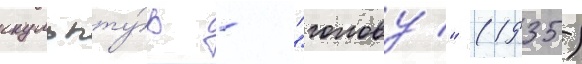
скульпту́р - "голову" (1935)